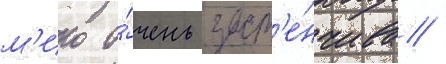
м'ико о́чень заст'е́нчива /